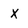
Character: x